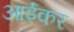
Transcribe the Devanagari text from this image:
आईकर